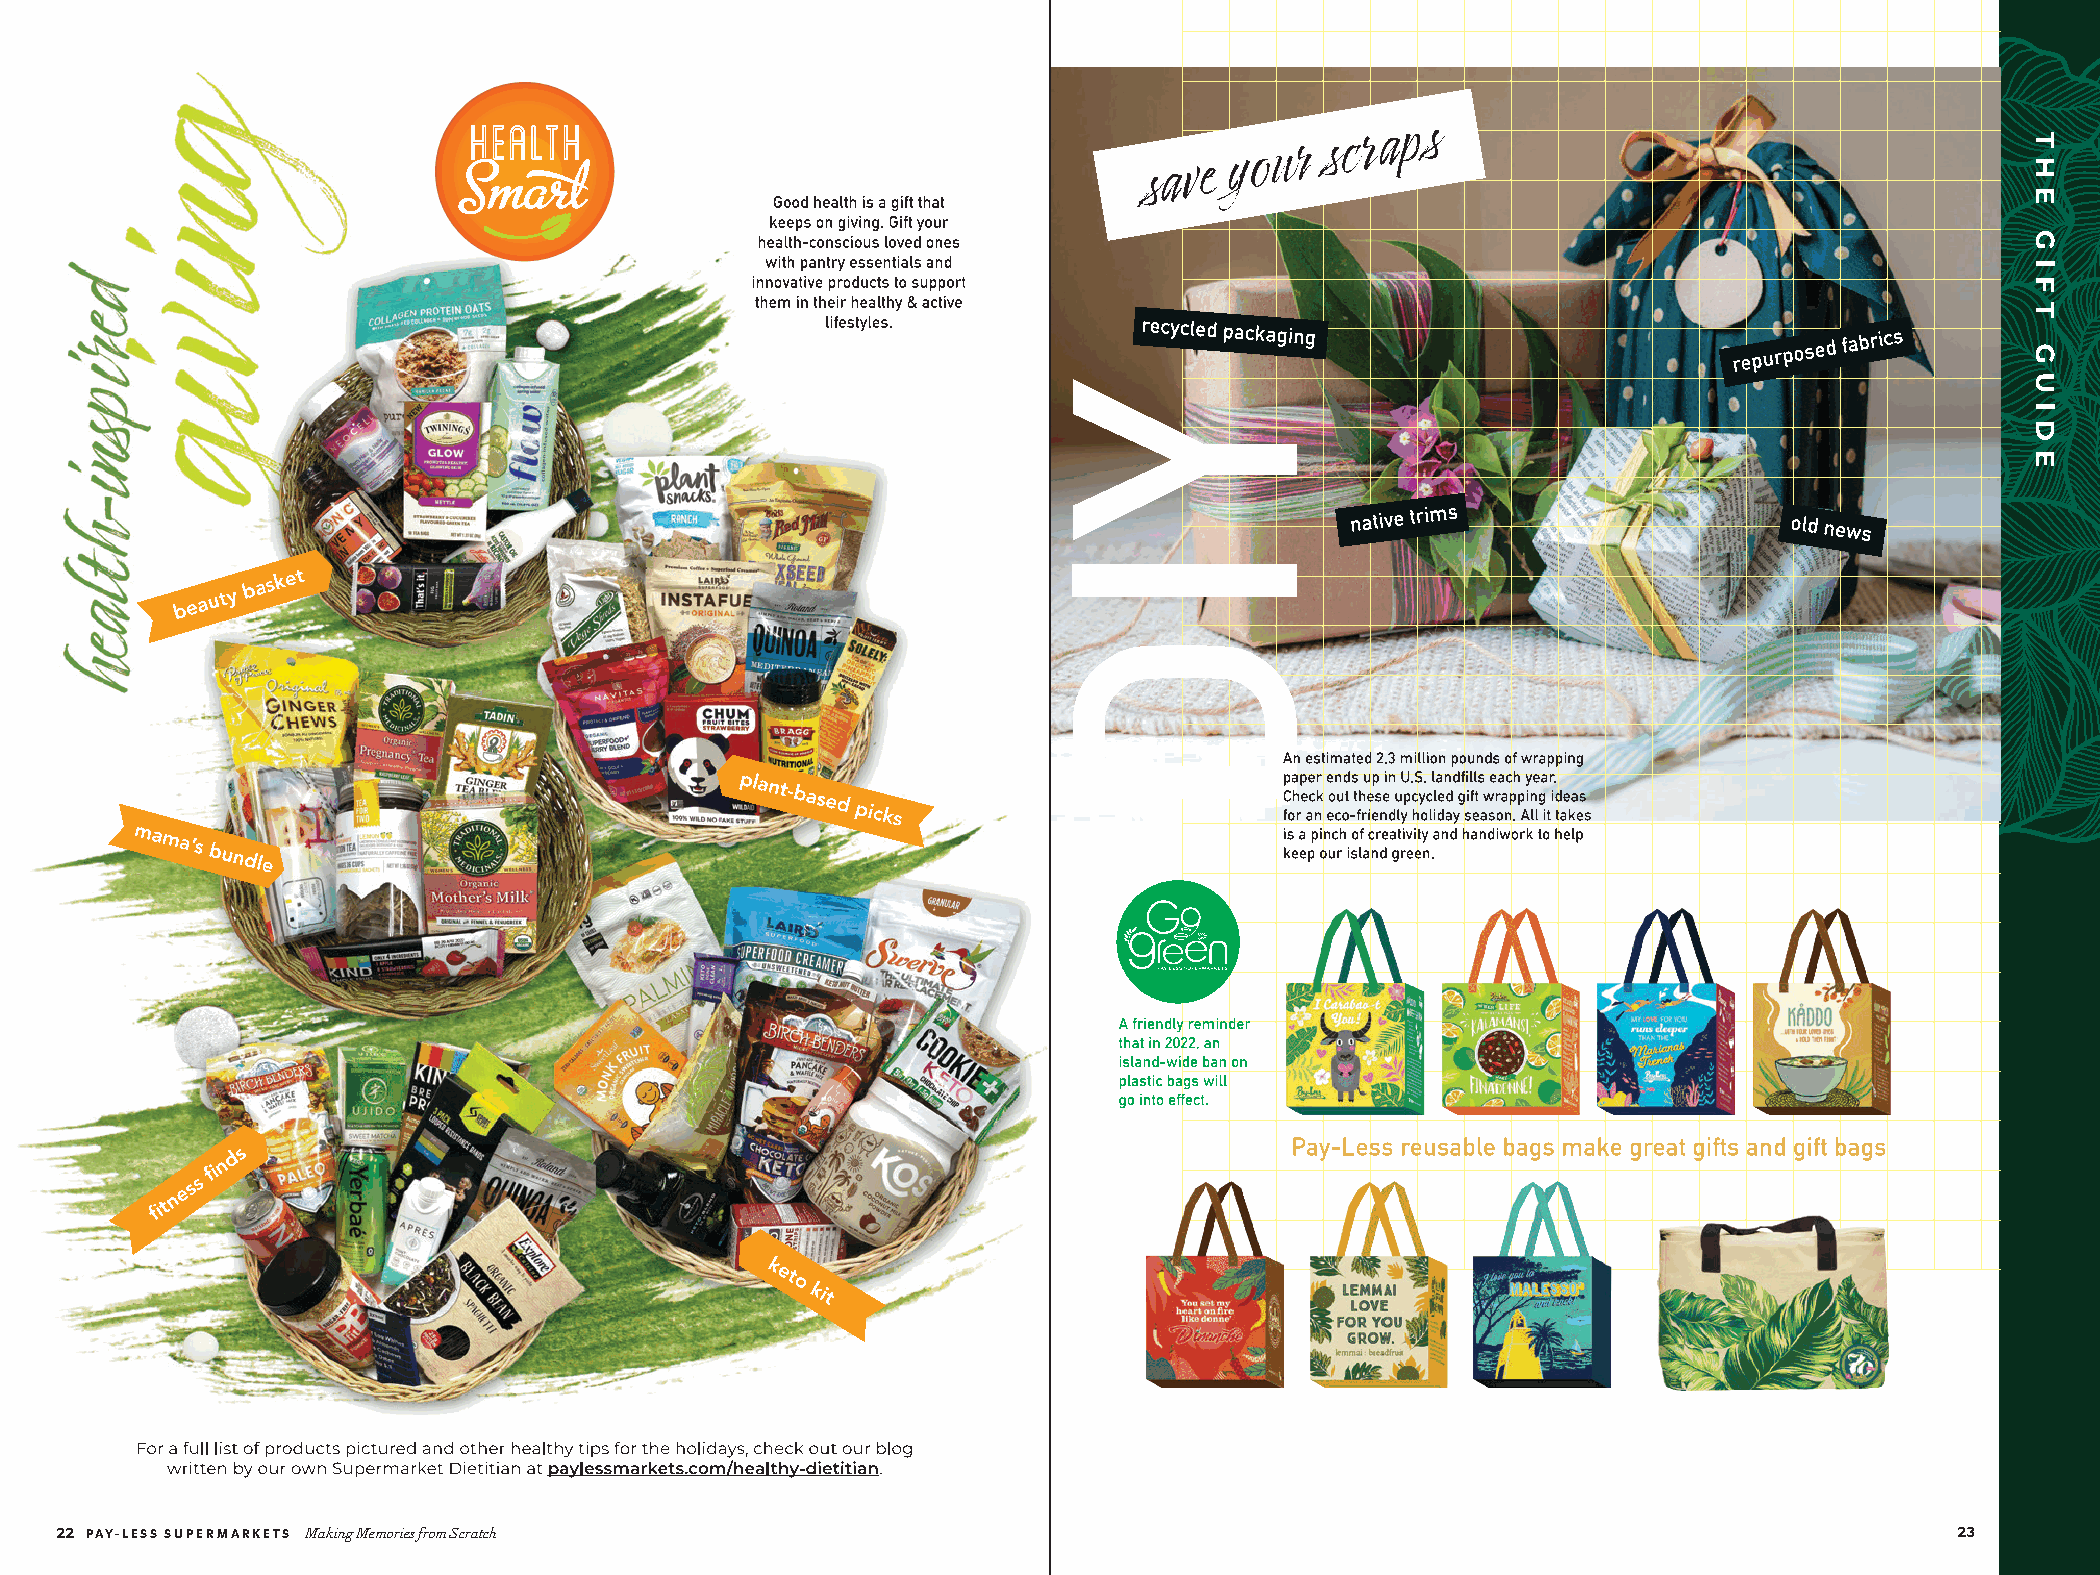
22 PAY-LESS SUPERMARKETS Making Memories from Scratch                                                                         23